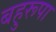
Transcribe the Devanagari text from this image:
बहुरूपा